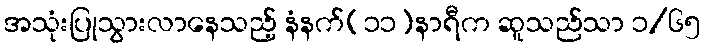
အသုံးပြုသွားလာနေသည့် နံနက်(၁၁)နာရီက ဆူသည်သာ ၁/၆၅